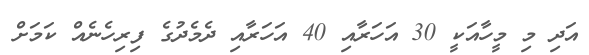
އަދި މި މީހާއަކީ 30 އަހަރާއި 40 އަހަރާއި ދެމެދުގެ ފިރިހެނެއް ކަމަށް